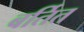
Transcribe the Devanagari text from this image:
बर्तित